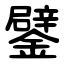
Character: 鐾